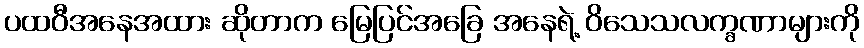
ပထဝီအနေအထား ဆိုတာက မြေပြင်အခြေ အနေရဲ့ ဝိသေသလက္ခဏာများကို